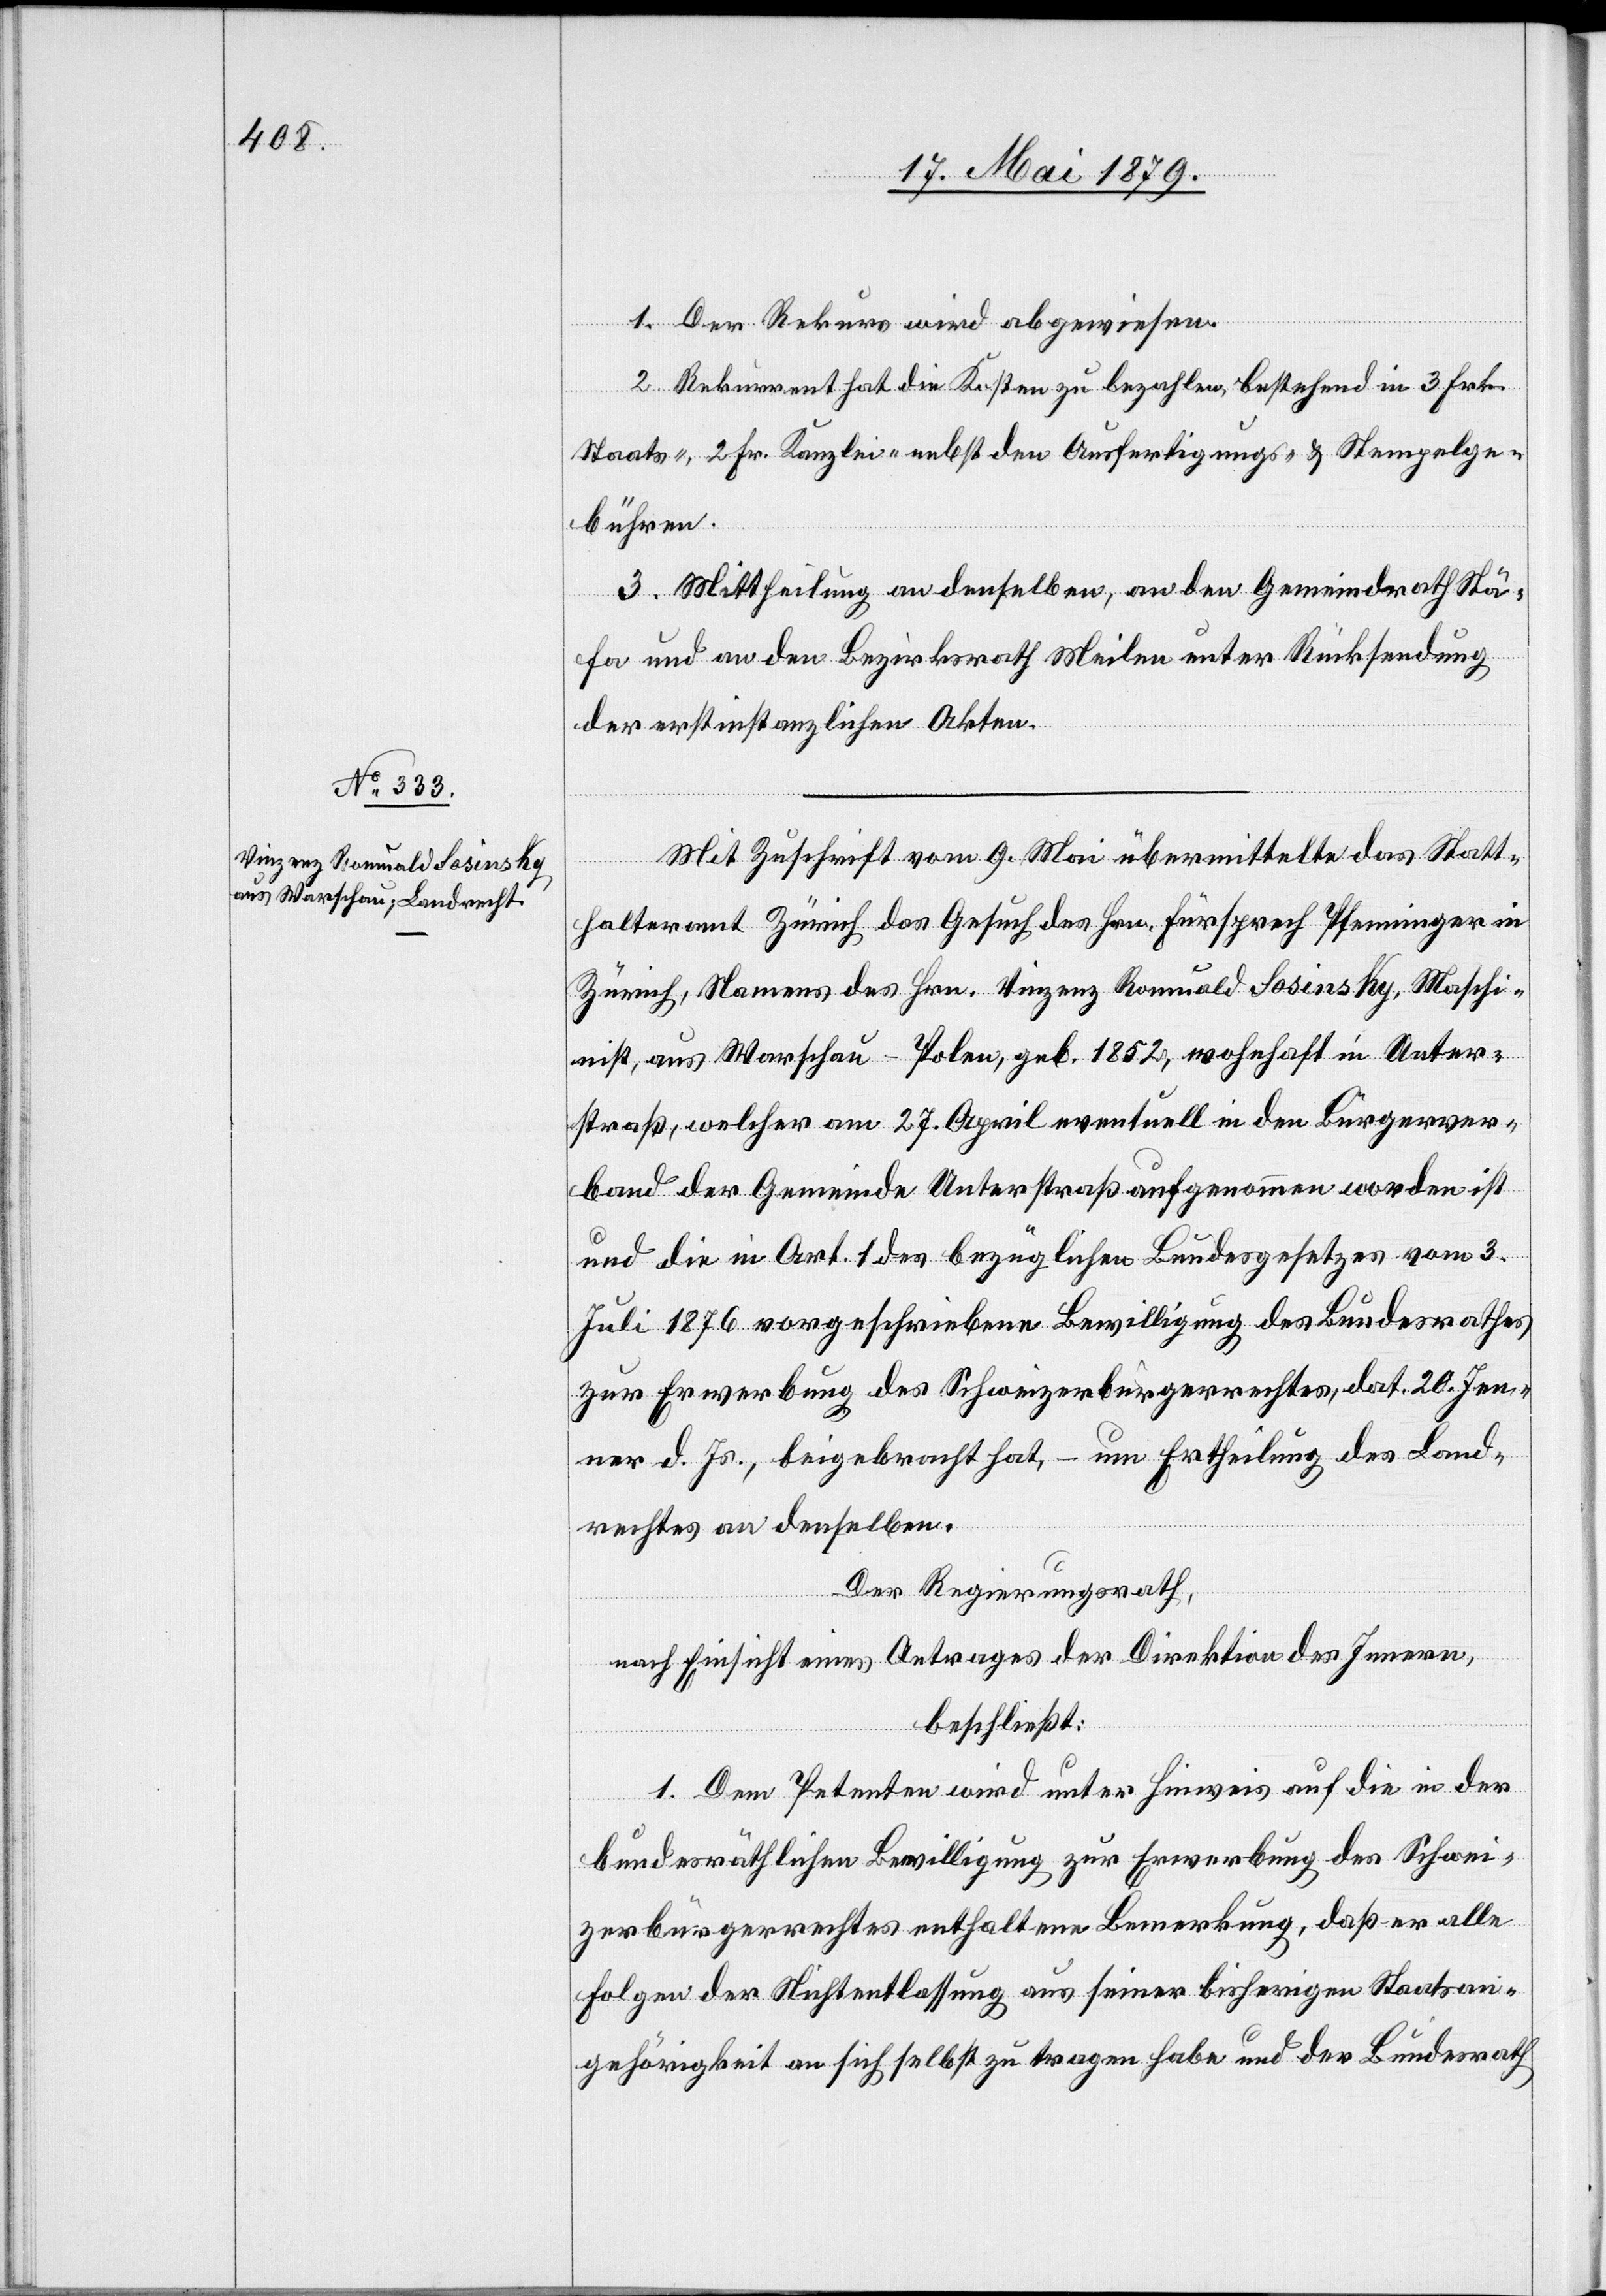
1. Der Rekurs wird abgewiesen.
2. Rekurrent hat die Kosten zu bezahlen, bestehend in 3 Frk.
Staats-, 2 Fr. Kanzlei- nebst den Ausfertigungs- & Stempelge¬
bühren.
3. Mittheilung an denselben, an den Gemeindrath Stä¬
fa und an den Bezirksrath Meilen unter Rücksendung
der erstinstanzlichen Akten.
Mit Zuschrift vom 9. Mai übermittelte das Statt¬
halteramt Zürich das Gesuch des Hrn. Fürsprech Pfenninger in
Zürich, Namens des Hrn. Vinzenz Romuald Sosinsky, Maschi¬
nist, aus Warschau - Polen, geb. 1852, wohnhaft in Unter¬
straß, welcher am 27. April eventuell in den Bürgerver¬
band der Gemeinde Unterstraß aufgenommen worden ist
und die in Art. 1 des bezüglichen Bundesgesetzes vom 3.
Juli 1876 vorgeschriebene Bewilligung des Bundesrathes
zur Erwerbung des Schweizerbürgerrechtes, dat. 20. Jen¬
ner d. Js., beigebracht hat, – um Ertheilung des Land¬
rechtes an denselben.
Der Regierungsrath,
nach Einsicht eines Antrages der Direktion des Innern,
beschließt:
1. Dem Petenten wird unter Hinweis auf die in der
bundesräthlichen Bewilligung zur Erwerbung des Schwei¬
zerbürgerrechtes enthaltene Bemerkung, daß er alle
Folgen der Nichtentlassung aus seiner bisherigen Staatsan¬
gehörigkeit an sich selbst zu tragen habe und der Bundesrath